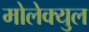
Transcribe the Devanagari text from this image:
मोलेक्युल